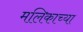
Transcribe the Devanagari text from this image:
मलिकाच्या